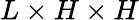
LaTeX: L\times H\times H